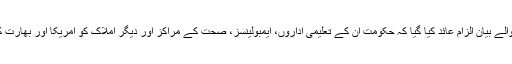
جماعت الدعوۃ کی جانب سے جاری ہونے والے بیان الزام عائد کیا گیا کہ حکومت ان کے تعلیمی اداروں، ایمبولینسز، صحت کے مراکز اور دیگر املاک کو امریکا اور بھارت کو خوش کرنے کے لیے ضبط کر رہی ہے۔